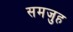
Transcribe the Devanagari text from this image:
समजुह